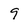
Character: 9